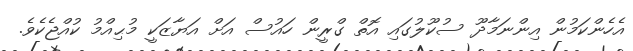
އެހެންކަމުން އިންނަމާދޫ ސުކޫލުގައި އޮތް ގްރީން ހައުސް އަށް އަޔާޒަކީ މުޙިއްމު ކުއްޖެކެވެ.